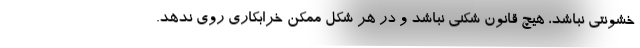
خشونتی نباشد، هیچ قانون شکنی نباشد و در هر شکل ممکن خرابکاری روی ندهد.